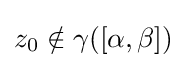
z_{0}\notin \gamma ([\alpha ,\beta ])